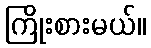
ကြိုးစားမယ်။